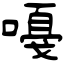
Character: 嘠